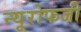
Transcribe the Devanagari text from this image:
न्यूरोफजी